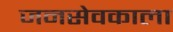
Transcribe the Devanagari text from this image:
जनसेवकाला